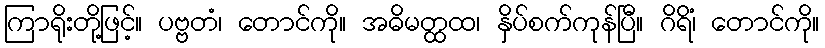
ကြာရိုးတို့ဖြင့်။ ပဗ္ဗတံ၊ တောင်ကို။ အဓိမတ္ထထ၊ နှိပ်စက်ကုန်ပြီ။ ဂိရိံ၊ တောင်ကို။